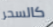
كالسحر